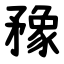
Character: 䂊